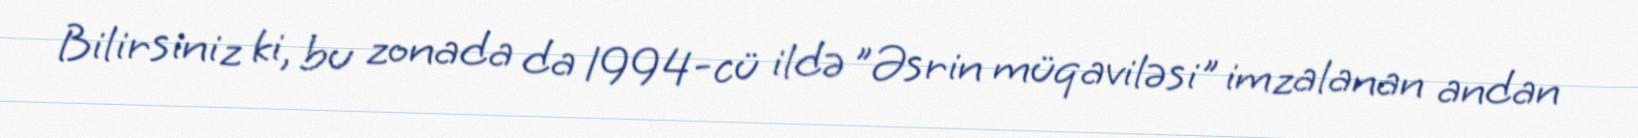
Bilirsiniz ki, bu zonada da 1994-cü ildə ”Əsrin müqaviləsi" imzalanan andan